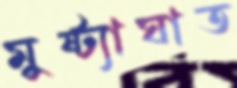
মুষ্ট্যাঘাত